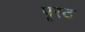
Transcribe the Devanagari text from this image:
पृस्ठ